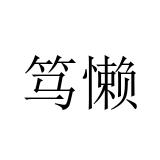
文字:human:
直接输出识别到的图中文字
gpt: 笃懒